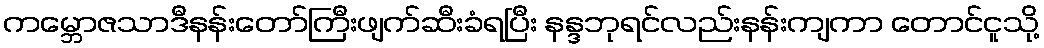
ကမ္ဘောဇသာဒီနန်းတော်ကြီးဖျက်ဆီးခံရပြီး နန္ဒဘုရင်လည်းနန်းကျကာ တောင်ငူသို့